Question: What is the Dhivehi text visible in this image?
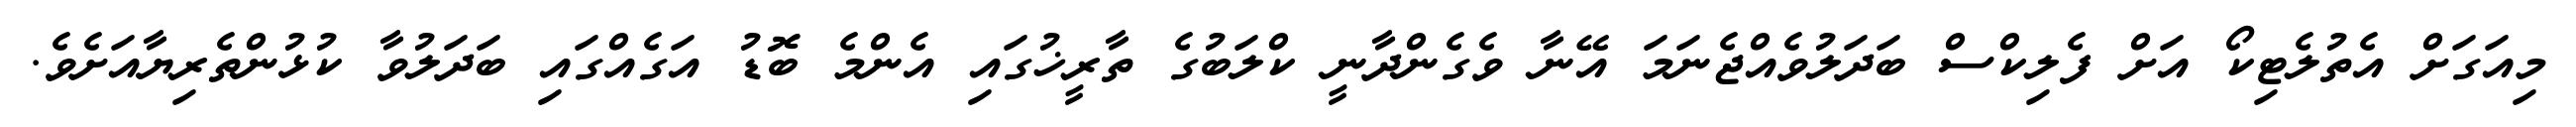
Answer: މިއަގަށް އެތުލެޓިކޯ އަށް ފެލިކްސް ބަދަލުވެއްޖެނަމަ އޭނާ ވެގެންދާނީ ކްލަބުގެ ތާރީޚުގައި އެންމެ ބޮޑު އަގެއްގައި ބަދަލުވާ ކުޅުންތެރިޔާއަށެވެ.